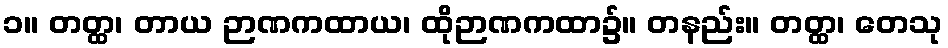
၁။ တတ္ထ၊ တာယ ဉာဏကထာယ၊ ထိုဉာဏကထာ၌။ တနည်း။ တတ္ထ၊ တေသု